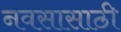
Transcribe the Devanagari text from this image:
नवसासाठी